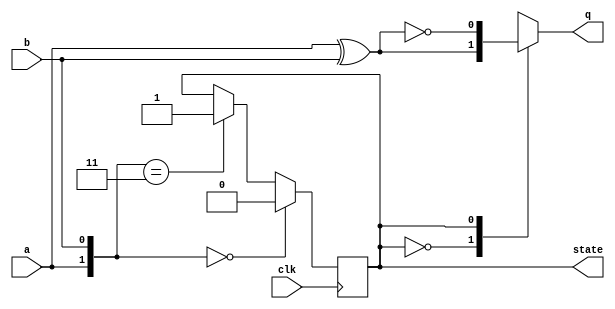
module top_module (
    input clk,
    input a,
    input b,
    output q,
    output state  );
    wire [1:0] s;
    //reg x,y;
    assign s = {a,b};
    always@(posedge clk)
        begin
            if(s == 2'd0) state<=1'b0;
            else if(s==2'd3) state<=1'b1;
        end
    always@(*)
        begin
       case(state)
                1'b0: q<=a^b;
           1'b1:q<=~(a^b);
       endcase  
        end
endmodule